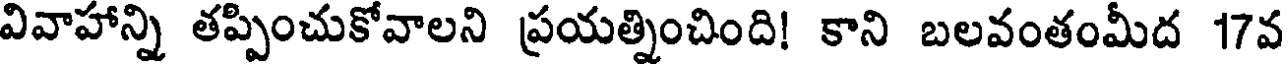
వివాహాన్ని తప్పించుకోవాలని ప్రయత్నించింది! కాని బలవంతంమీద 17వ